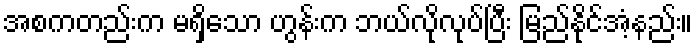
အစကတည်းက မရှိသော ဟွန်းက ဘယ်လိုလုပ်ပြီး မြည်နိုင်အံ့နည်း။